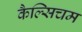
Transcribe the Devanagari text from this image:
कैल्सिचम